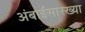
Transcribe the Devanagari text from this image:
अंबाईसारख्या